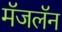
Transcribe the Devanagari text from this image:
मॅजलॅन